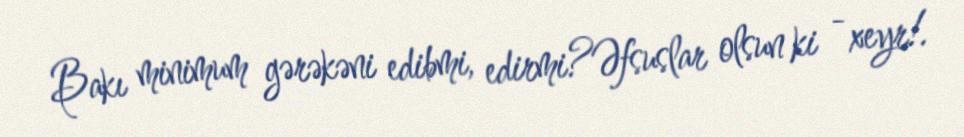
Bakı minimum gərəkəni edibmi, edirmi?Əfsuslar olsun ki - xeyr!.